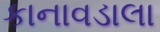
કાનાવડાલા